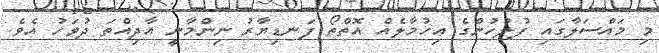
މި މައްސަލާގައި ފުލުހުންގެ އިހުމާލެއް އޮތްތޯ ފަނޑިޔާރު ނިންމާނީ އާދިއްތަ ދުވަހު އެވެ.